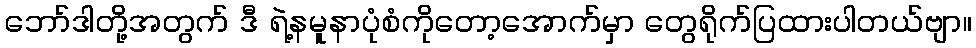
ဘော်ဒါတို့အတွက် ဒီ ရဲ့နမူနာပုံစံကိုတော့အောက်မှာ တွေရိုက်ပြထားပါတယ်ဗျာ။